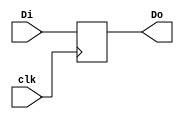

`timescale 1ns / 1ps
//////////////////////////////////////////////////////////////////////////////////
// Integrantes: Javier Cordero, Martn Barquero, Sebastin Gonzalez, Danny Mejas
// Restricciones:
//    - Elemento de 16 bits de la entrada Di y la salida Do es de 32 bits
// Entradas:
//    - 3.3V para alto, 0V para bajo 
// Salidas: 
//    - 3.3V para alto, 0V para bajo 
// Tiempo de retardo:     Maximum output required time after clock: 3.597ns
// Consumo de Energa: 20 mW
//
//		Area:
//  Number of Slice Registers:                     0 
//  Number of Slice LUTs:                          0 
//  Number of occupied Slices:                     0 
//  Number of bonded IOBs:                        65 
//  IOB Flip Flops:                             32
//////////////////////////////////////////////////////////////////////////////////
module PC(
	 input [31:0]Di, //entrada
	 input clk, //reloj
	 output reg [31:0] Do = 0  //registro
	);
	
	always @(posedge clk) 
	begin
		Do=Di; //se le asigna el dato de entrada al registro de 23 bits
	end

endmodule